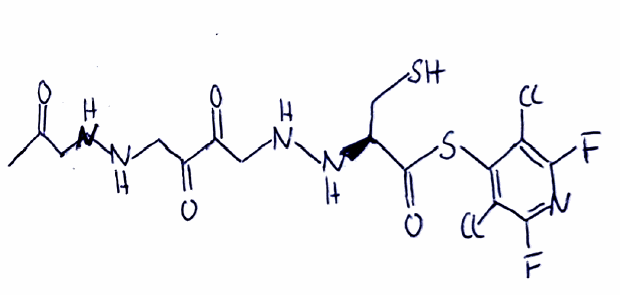
Simplified molecular-input line-entry system (SMILES) notation of the given molecule:
CC(=O)CNNCC(=O)C(=O)CNN[C@@H](CS)C(=O)SC1=C(C(=NC(=C1Cl)F)F)Cl